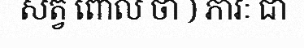
សត្វ ពោល ថា ) ភាវៈ ជា